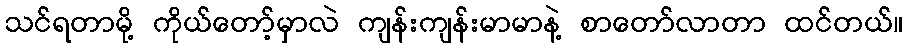
သင်ရတာမို့ ကိုယ်တော့်မှာလဲ ကျန်းကျန်းမာမာနဲ့ စာတော်လာတာ ထင်တယ်။